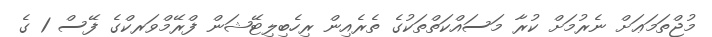
މުޖްތަމަޢަށް ނެރުމަށް ކުރާ މަސައްކަތްތަކުގެ ތެރެއިން ރިހެބިލިޓޭޝަން ފްރޭމްވަރކްގެ ފޭސް 1 ގެ